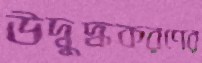
উদ্বুদ্ধকরণের